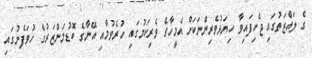
ގެ ލައްޒަތުގައި ޖެހިފައިވާ ހިޔަޅުވެރިންނަކަށް އެމީހާގެ ވެރިކަމުގައި ހުރެވުމާއި އޭނާގެ ބޮޑުމަންޒަރުގެ ހުވަފެނުގައި